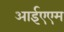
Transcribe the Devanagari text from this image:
आईएएम